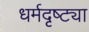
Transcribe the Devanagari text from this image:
धर्मदृष्ट्या